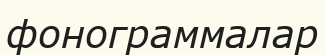
фонограммалар